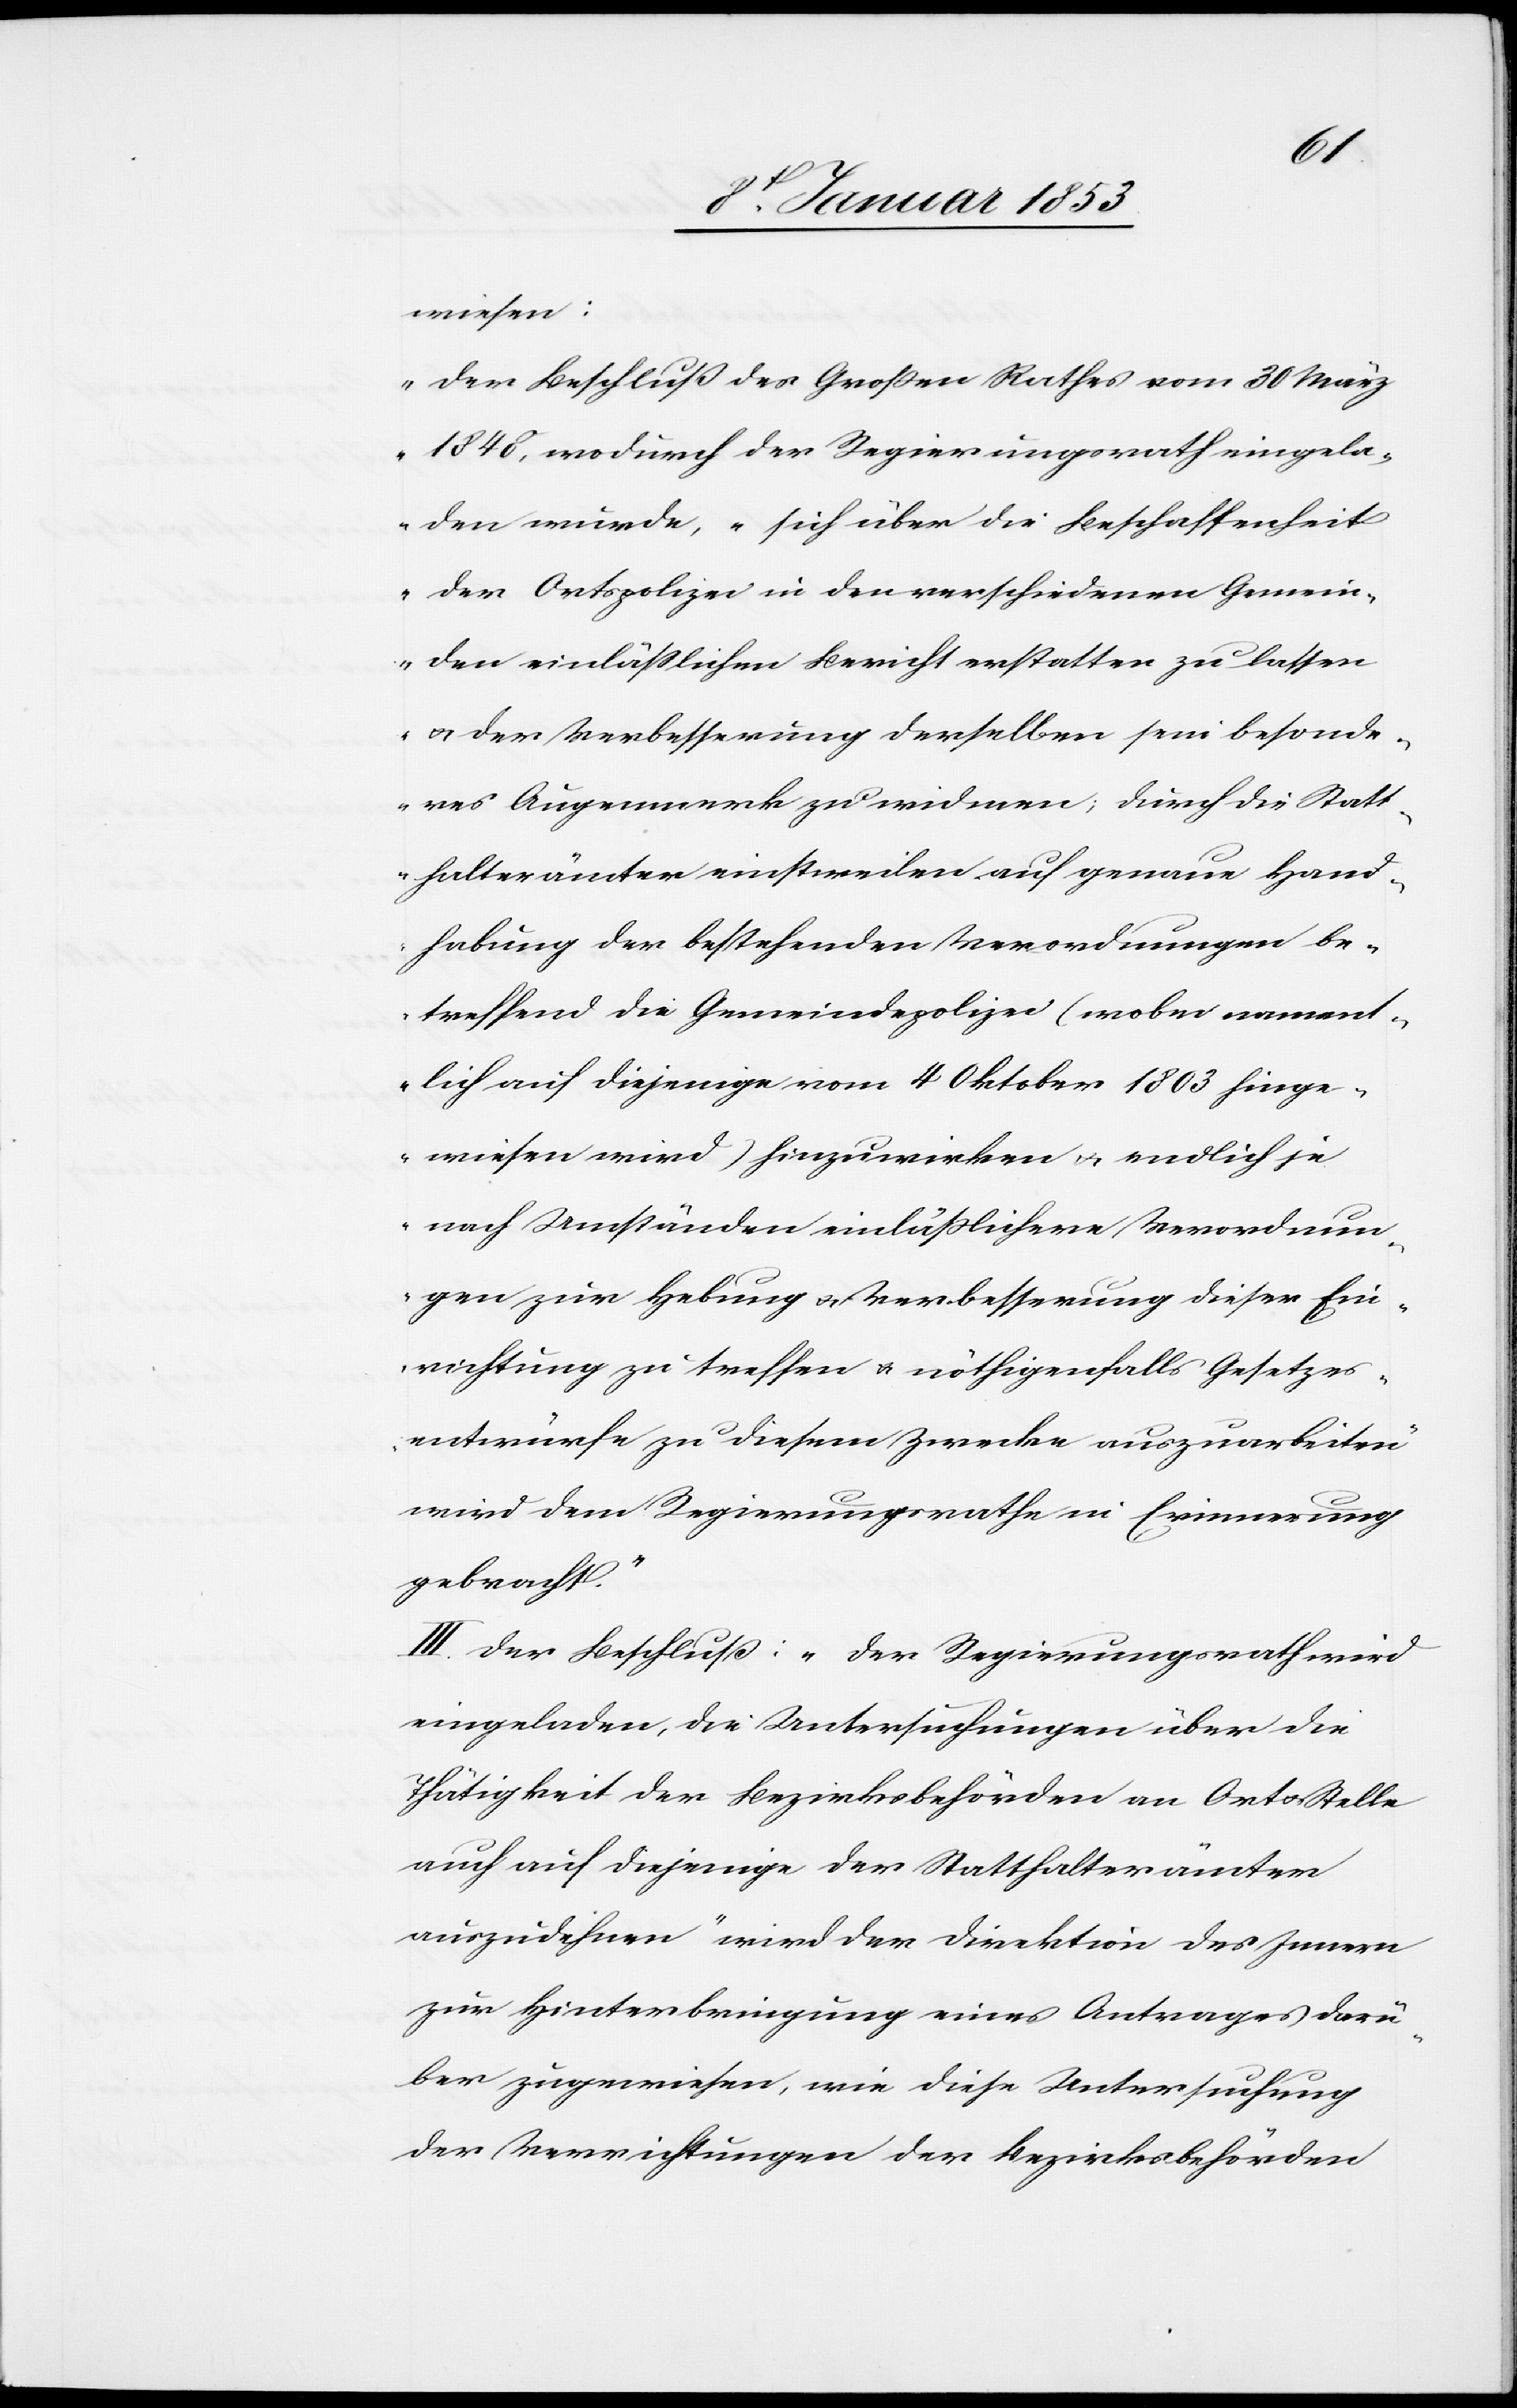
wiesen:
„Der Beschluß des Großen Rathes vom 20 März
1848, wodurch der Regierungsrath eingela¬
den wurde, sich über die Beschaffenheit
der Ortspolizei in den verschiedenen Gemein¬
den einläßlichen Bericht erstatten zu lassen
u. der Verbesserung derselben sein besonde¬
res Augenmerk zu widmen, durch die Statt¬
halterämter einstweilen auf genaue Hand¬
habung der bestehenden Verordnungen be¬
treffend die Gemeindepolizei (wobei nament¬
lich auf diejenige vom 4 Oktober 1803 hinge¬
wiesen wird) hinzuwirken u. endlich je
nach Umständen einläßlichen Verordnun¬
gen zur Hebung u. Verbesserung dieser Ein¬
richtung zu treffen u. nöthigenfalls Gesetzes¬
entwürfe zu diesem Zwecke auszuarbeiten
wird dem Regierungsrathe in Erinnerung
gebracht.“
III. Der Beschluß: „Der Regierungsrath wird
eingeladen, die Untersuchungen über die
Thätigkeit der Bezirksbehörden an Ort u. Stelle
auch auf diejenige der Statthalterämter
auszudehnen“ wird der Direktion des Innern
zu Hinterbringung eines Antrages darü¬
ber zugewiesen, wie diese Untersuchung
der Verrichtungen der Bezirksbehörden